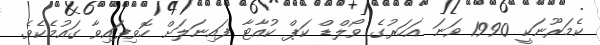
ކެމަރޫނަކީ 1990 ވަނަ އަހަރުގެ ވޯލްޑް ކަޕް ކުއާޓާ ފައިނަލަށް ހޮވިފައިވާ ގައުމެކެވެ.